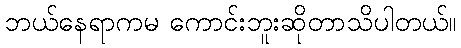
ဘယ်နေရာကမ ကောင်းဘူးဆိုတာသိပါတယ်။